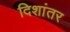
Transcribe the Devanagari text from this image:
दिशांतर